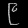
Digit: ၉